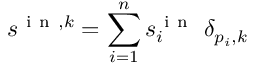
s ^ { \mathrm { ~ i ~ n ~ } , k } = \sum _ { i = 1 } ^ { n } s _ { i } ^ { \mathrm { ~ i ~ n ~ } } \; \delta _ { p _ { i } , k }